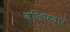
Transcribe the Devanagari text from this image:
वजि़फदार